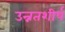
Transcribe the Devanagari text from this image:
उन्नतशीर्ष